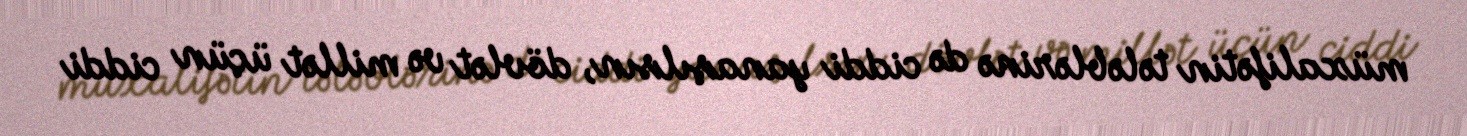
müxalifətin tələblərinə də ciddi yanaşılsın, dövlət və millət üçün ciddi